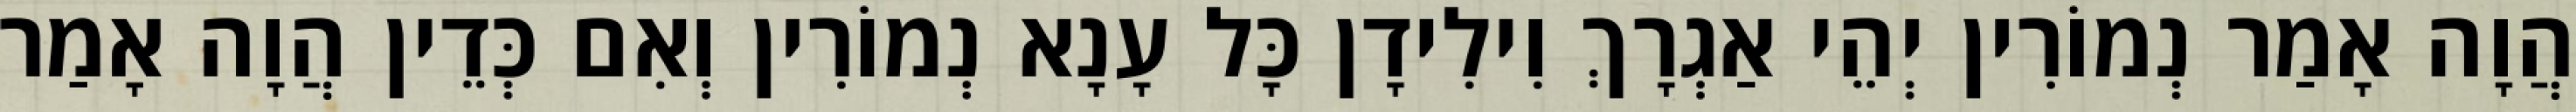
הֲוָה אָמַר נְמוֹרִין יְהֵי אַגְרָךְ וִילִידָן כָּל עָנָא נְמוֹרִין וְאִם כְּדֵין הֲוָה אָמַר